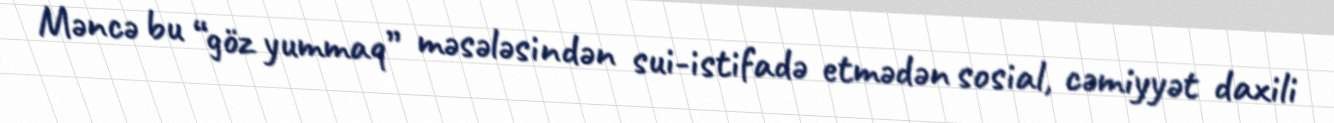
Məncə bu “göz yummaq” məsələsindən sui-istifadə etmədən sosial, cəmiyyət daxili